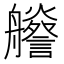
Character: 𦫁